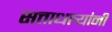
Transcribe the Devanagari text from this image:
सत्ताधार्‍यांनी